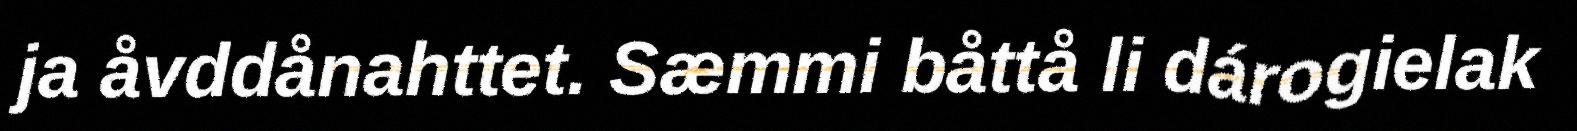
ja åvddånahttet. Sæmmi båttå li dárogielak